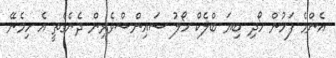
އެންމެ ފަހުން ހޯދި ބިޔަ ބްލެކް ހޯލު ސައިންސްވެރިން ދެނެގެތީ އެ ހިމެނޭ